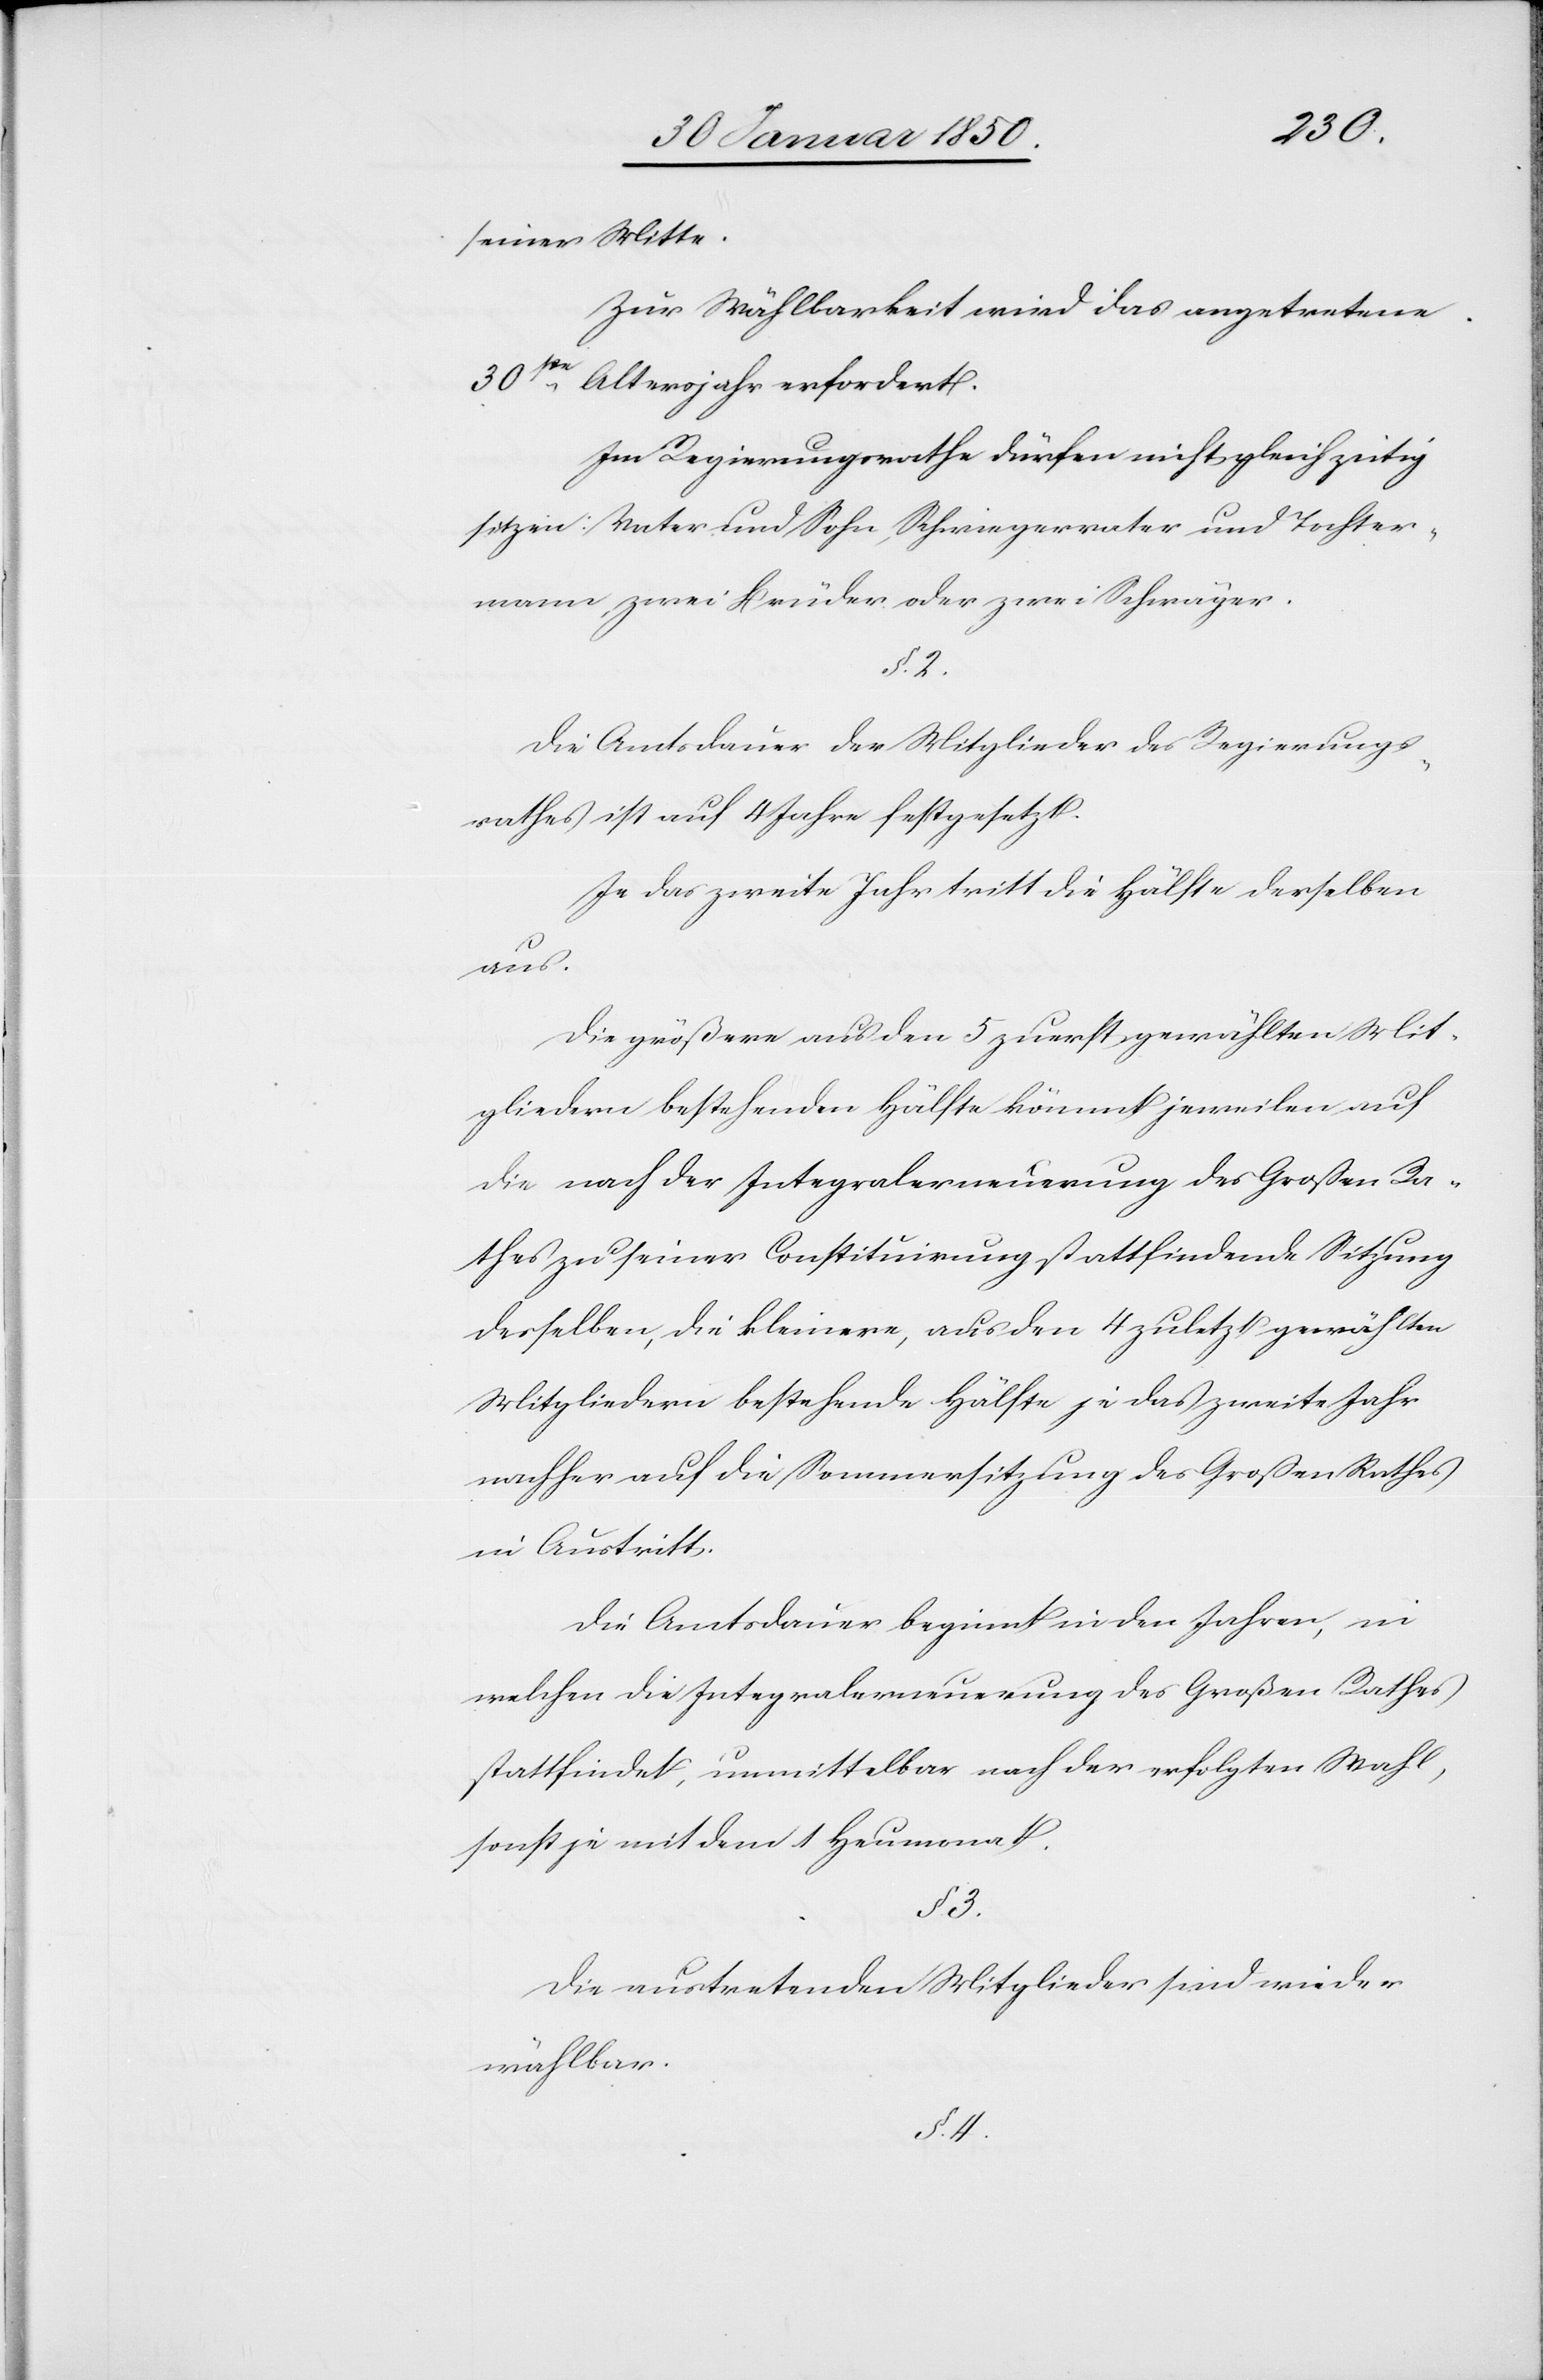
seiner Mitte.
Zur Wählbarkeit wird das angetretene
30ste Altersjahr erfordert.
Im Regierungsrathe dürfen nicht gleichzeitig
sitzen: Vater und Sohn, Schwiegervater und Tochter¬
mann, zwei Brüder oder zwei Schwäger.
§. 2.
Die Amtsdauer der Mitglieder des Regierungs¬
rathes ist auf 4 Jahre festgesetzt.
Je das zweite Jahr tritt die Hälfte derselben
aus.
Die größere aus den 5 zuerst gewählten Mit¬
gliedern bestehenden Hälfte kömmt jeweilen auf
die nach der Integralerneuerung des Großen Ra¬
thes zu seiner Constituirung stattfindende Sitzung
desselben, die kleinere, aus den 4 zuletzt gewählten
Mitgliedern bestehende Hälfte je das zweite Jahr
nachher auf die Sommersitzung des Großen Rathes
in Austritt.
Die Amtsdauer beginnt in den Jahren, in
welchen die Integralerneuerung des Großen Rathes
stattfindet, unmittelbar nach der erfolgten Wahl,
sonst je mit dem 1 Heumonat.
§. 3.
Die austretenden Mitglieder sind wieder
wählbar.
§. 4.